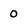
Character: 0